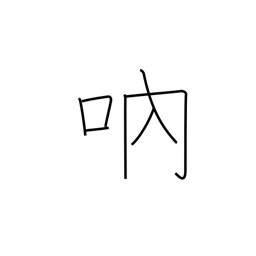
Meaning: stutter